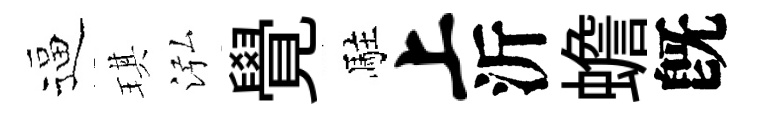
逼琪泓覺駐上沂蟾旣